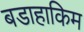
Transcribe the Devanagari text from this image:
बडाहाकिम